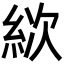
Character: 絘